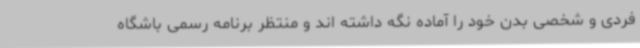
فردی و شخصی بدن خود را آماده نگه داشته اند و منتظر برنامه رسمی باشگاه